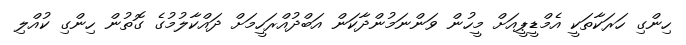
ހިންގި ހަރަކާތަކީ އެމްޑީޕީއަށް މީހުން ވަންނަމުންދާކަން އަބްދުއްރަހީމަށް ދައްކާލުމުގެ ގޮތުން ހިންގި ކުއްލި